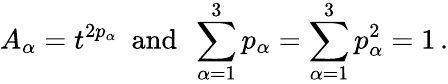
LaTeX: A_{\alpha}=t^{2p_{\alpha}}~~\mathrm{and}~~\sum_{\alpha=1}^{3}p_{\alpha}=\sum_{\alpha=1}^{3}p_{\alpha}^{2}=1\, .